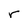
Character: r